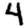
Digit: 4